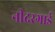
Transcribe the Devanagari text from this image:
नीदरगार्ड